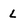
Character: L